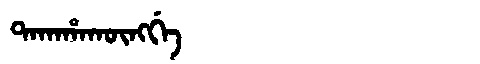
Manchu: ᡨᠠᡴᠠᡥᠠᡴᡡᠩᡤᡝ
Romanization: TAKAHAKŪNGGE